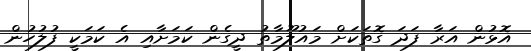
އޮޅުން އަރާ ފަދަ ގޮތަކަށް މައުލޫމާތު ދީގެން ކަމަށާއި އެ ކަމަކީ ފުލުހުން